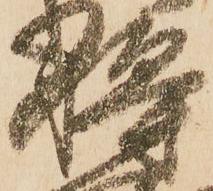
将